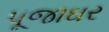
પૂજાઘર